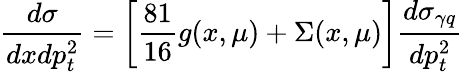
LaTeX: \frac{d\sigma}{dxdp_{t}^{2}}=\left[\frac{81}{16}g(x,\mu)+\Sigma(x,\mu)\right]\frac{d\sigma_{\gamma q}}{dp_{t}^{2}}